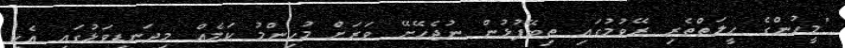
"މީހުންގެ ހީލަތްތެރި ރޭވުމުގައި ތިބޭފުޅުން ނުޖެހޭށޭ ވަރަށް މުހިންމު ކަމެއް މިދަނޑިވަޅުގައި އެކި